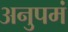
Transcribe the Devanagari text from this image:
अनुपमं